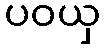
ပဝယှ